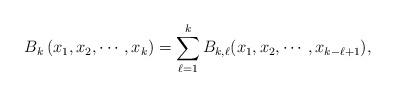
LaTeX: \begin{align*}B_k\left(x_1,x_2,\cdots, x_k\right)=\sum_{\ell=1}^kB_{k,\ell}(x_1,x_2,\cdots,x_{k-\ell+1}),\end{align*}